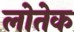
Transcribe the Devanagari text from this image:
लोतेक